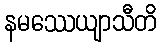
နမဿေယျာသီတိ